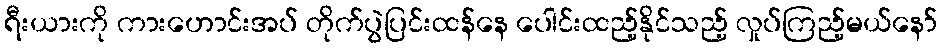
ရီးယားကို ကားဟောင်းအပ် တိုက်ပွဲပြင်းထန်နေ ပေါင်းထည့်နိုင်သည့် လှုပ်ကြည့်မယ်နော်